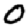
Digit: 0